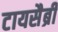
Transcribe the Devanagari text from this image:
टायसैब्री